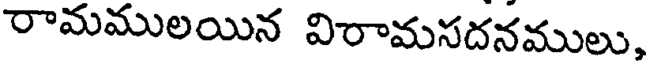
రామములయిన విరామసదనములు,